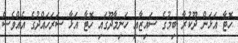
ހޮޓާ އަޅަން ދޫކުރާ ބިމުގެ ސައިޒާއި ހަނިމާދޫގައި ހޮޓާ އަޅާ ސަރަހައްދުގެ އެއްވެސް